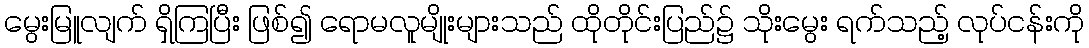
မွေးမြူလျက် ရှိကြပြီး ဖြစ်၍ ရောမလူမျိုးများသည် ထိုတိုင်းပြည်၌ သိုးမွေး ရက်သည့် လုပ်ငန်းကို